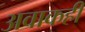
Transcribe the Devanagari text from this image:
अवाकही